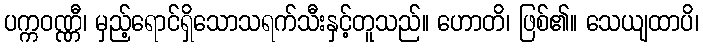
ပက္ကဝဏ္ဏီ၊ မှည့်ရောင်ရှိသောသရက်သီးနှင့်တူသည်။ ဟောတိ၊ ဖြစ်၏။ သေယျထာပိ၊